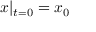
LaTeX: { \boldsymbol { x } } | _ { t = 0 } = { \boldsymbol { x } } _ { 0 }